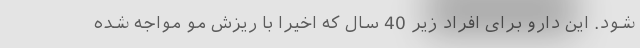
شود. این دارو برای افراد زیر 40 سال که اخیرا با ریزش مو مواجه شده